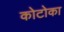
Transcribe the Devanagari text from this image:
कोटोका